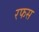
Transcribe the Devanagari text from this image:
रफस